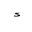
Letter: _hamza